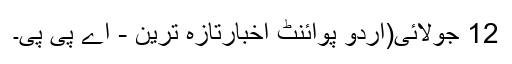
12 جولائی(اُردو پوائنٹ اخبارتازہ ترین - اے پی پی۔